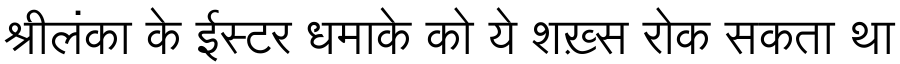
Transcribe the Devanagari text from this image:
श्रीलंका के ईस्टर धमाके को ये शख़्स रोक सकता था